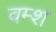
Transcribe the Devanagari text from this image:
वम्श